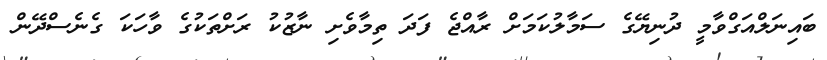
ބައިނަލްއަގްވާމީ ދުނިޔޭގެ ސަމާލުކަމަށް ރާއްޖެ ފަދަ ތިމާވެށި ނާޒުކު ރަށްތަކުގެ ވާހަކަ ގެނެސްދޭން